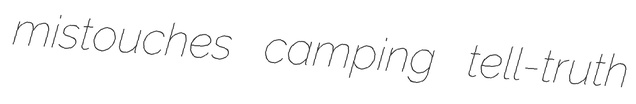
mistouches camping tell-truth